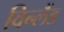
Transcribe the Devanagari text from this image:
विन्लैंड